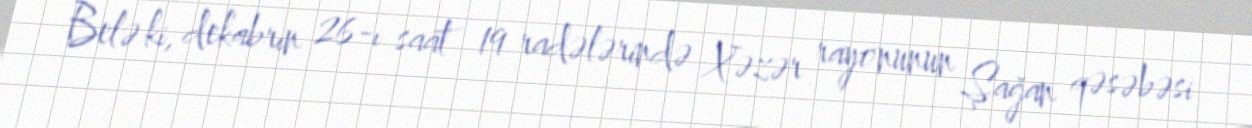
Belə ki, dekabrın 26-ı saat 19 radələrində Xəzər rayonunun Şağan qəsəbəsi